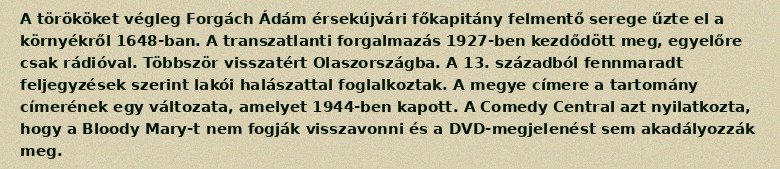
A törököket végleg Forgách Ádám érsekújvári főkapitány felmentő serege űzte el a környékről 1648-ban. A transzatlanti forgalmazás 1927-ben kezdődött meg, egyelőre csak rádióval. Többször visszatért Olaszországba. A 13. századból fennmaradt feljegyzések szerint lakói halászattal foglalkoztak. A megye címere a tartomány címerének egy változata, amelyet 1944-ben kapott. A Comedy Central azt nyilatkozta, hogy a Bloody Mary-t nem fogják visszavonni és a DVD-megjelenést sem akadályozzák meg.